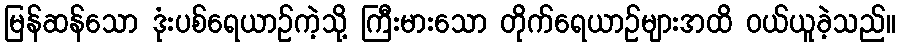
မြန်ဆန်သော ဒုံးပစ်ရေယာဉ်ကဲ့သို့ ကြီးမားသော တိုက်ရေယာဉ်များအထိ ဝယ်ယူခဲ့သည်။